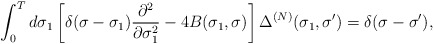
\begin{align*}\int_0^Td\sigma_1\left[\delta(\sigma-\sigma_1)\frac{\partial^2}{\partial\sigma_1^2}-4B(\sigma_1,\sigma)\right]\Delta^{(N)}(\sigma_1,\sigma')=\delta(\sigma-\sigma'),\end{align*}